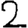
Digit: 2